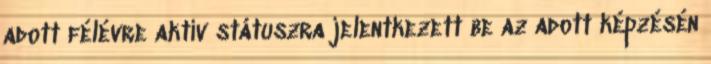
adott félévre aktív státuszra jelentkezett be az adott képzésén